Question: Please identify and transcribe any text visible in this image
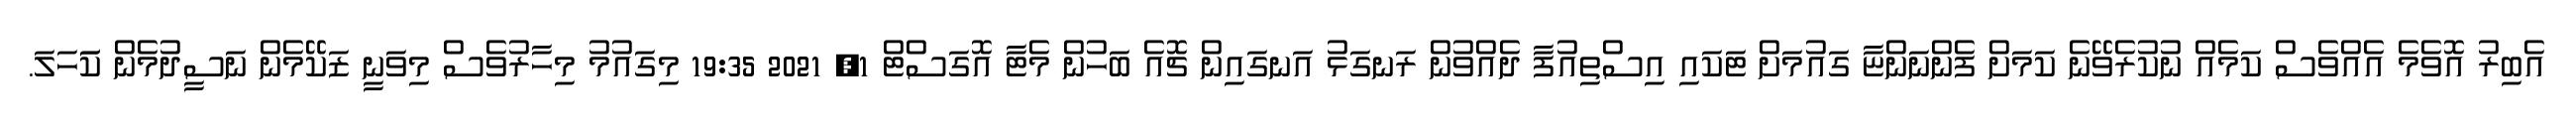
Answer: އެބިރު އޮވެމެ އެއްވެސް ކަމެއް ނުކުރެވޭނެ ކަމަށް ފެންނަންޏާ ގައުމަށް ޓަކައި އިސްތިއުފާ ދެއްވުން ރަނގަޅު އަނގައިން ޗޮއެ ބަހުން މެޓާ އޮގަސްޓް 1, 2021 19:35 މިގައުމު މިހާރުވެސް މިވަނީ ޒަކޭމެން ނަސީދުމެން ކަަހަލަ.